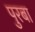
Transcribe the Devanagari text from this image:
पुरबा